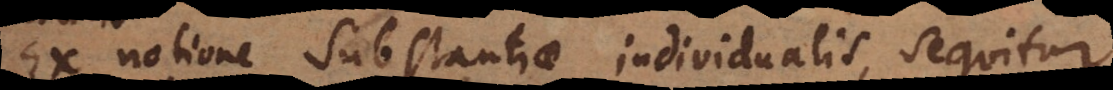
Ex notione Substantiae individualis, sequitur